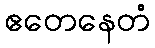
ဧတေနေတံ